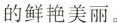
的鲜艳美丽。